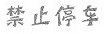
禁止停车